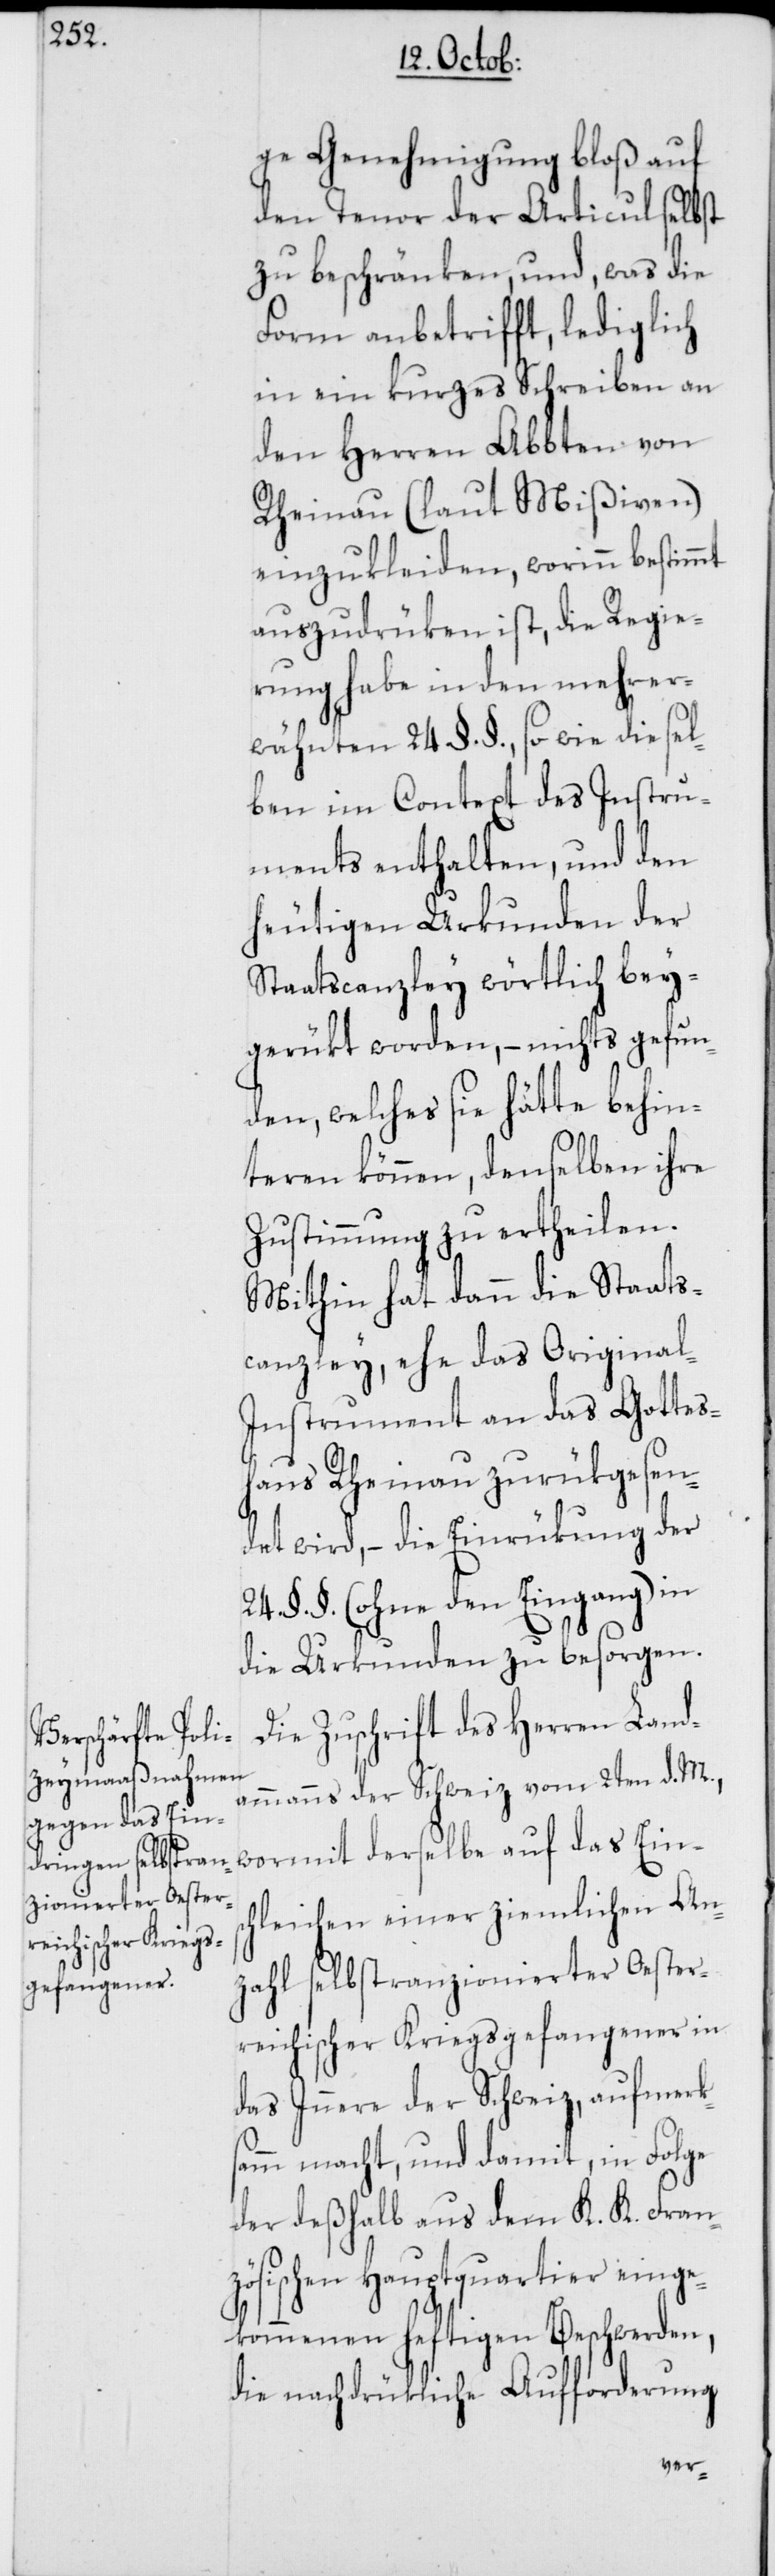
ge Genehmigung bloß auf
den Tenor der Articul selbst
zu beschränken, und, was die
Form anbetrifft, lediglich
in ein kurzes Schreiben an
den Herren Abbten von
Rheinau (laut Mißiven)
einzukleiden, worinn bestimmt
auszudrüken ist, die Regie¬
rung habe in den mehrer¬
wähnten 24. §.§., so wie diesel¬
ben im Context des Instru¬
ments enthalten, und den
heutigen Urkunden der
Staatscanzley wörtlich bey¬
gerükt worden, – nichts gefun¬
den, welches sie hätte behin¬
teren können, denselben ihre
Zustimmung zu ertheilen.
Mithin hat dann die Staats¬
canzley, ehe das Original-I¬
nstrument an das Gottes¬
haus Rheinau zurükgesen¬
det wird, – die Einrükung der
24. §.§. (ohne den Eingang) in
die Urkunden zu besorgen.
Die Zuschrift des Herren Land¬
ammanns der Schweiz vom 2ten d. M.,
wormit derselbe auf das Eins¬
chleichen einer ziemlichen An¬
zahl selbstranzionierter Oester¬
reichischer Kriegsgefangener in
das Innere der Schweiz, aufmerks¬
amm macht, und damit, in Folge
der deßhalb aus dem K. K. Fran¬
zösischen Hauptquartier einge¬
kommenen heftigen Beschwerden,
die nachdrükliche Aufforderung